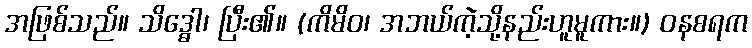
အဖြစ်သည်။ သိဒ္ဓေါ၊ ပြီး၏။ (ကိမိဝ၊ အဘယ်ကဲ့သို့နည်းဟူမူကား။) ဝနစရက